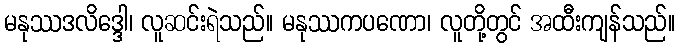
မနုဿဒလိဒ္ဒေါ၊ လူဆင်းရဲသည်။ မနုဿကပဏော၊ လူတို့တွင် အထီးကျန်သည်။